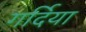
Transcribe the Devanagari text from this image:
गर्दिया